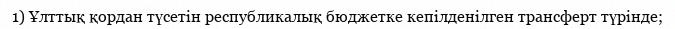
1) Ұлттық қордан түсетін республикалық бюджетке кепілденілген трансферт түрінде;